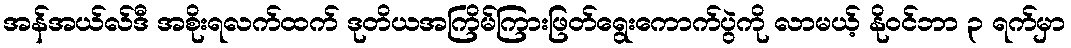
အန်အယ်လ်ဒီ အစိုးရလက်ထက် ဒုတိယအကြိမ်ကြားဖြတ်ရွေးကောက်ပွဲကို လာမယ့် နိုဝင်ဘာ ၃ ရက်မှာ